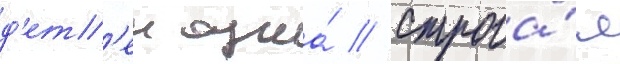
д'ет'еи одна́ // Строга́я